Papers set at the Examination for Leaving Certificates, 1893
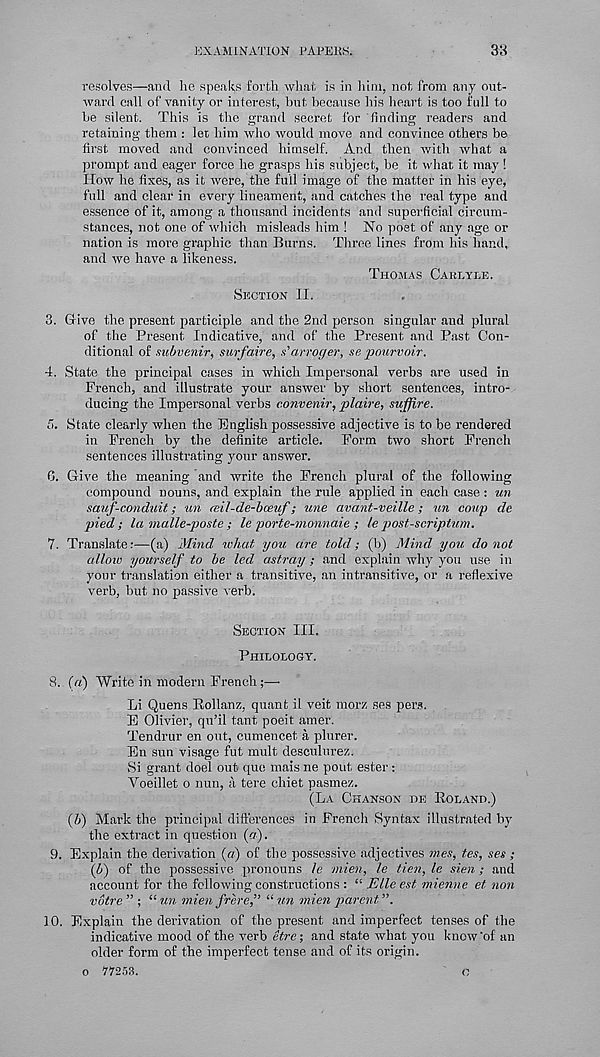
EXAMINATION PAPERS.
33
resolves—and he speaks forth what is in him, not from any out-
ward call of vanity or interest, but because his heart is too full to
be silent. This is the grand secret for finding readers and
retaining them : let him who would move and convince others be
first moved and convinced himself. And then with what a
prompt and eager force he grasps Ids subject, be it what it may !
How lie fixes, as it were, the full image of the matter in his eye,
full and clear in every lineament, and catches the real type and
essence of it, among a thousand incidents and superficial circum-
stances, not one of which misleads him ! No poet of any age or
nation is more graphic than Burns. Three lines from his hand,
and we have a likeness.
Thomas Carlyle.
Section II.
3. Give the present participle and the 2nd person singular and plural
of the Present Indicative, and of the Present and Past Con-
ditional of subvenir, surfaire, s'arroger, se pourvoir.
4. State the principal cases in which Impersonal verbs are used in
French, and illustrate your answer by short sentences, intro-
ducing the Impersonal verbs convenir, plaire, suffire.
5. State clearly when the English possessive adjective is to be rendered
in French by the definite article. Form two short French
sentences illustrating your answer.
G. Give the meaning and write the French plural of the following
compound nouns, and explain the rule applied in each case : un
sauf-conduit; un (eil-de-bceuf; une avant-veille; un coup de
pied; la malle-poste ; le porte-monnaie ; lepost-scriptum.
7. Translate:—(a) Mind ivhat you are told; (b) Mind you do not
allow yourself to be led astray ; and explain why you use in
your translation either a transitive, an intransitive, or a reflexive
verb, but no passive verb.
Section III.
Philology.
8. (a) Write in modern French;—
Li Quens Rollanz, quant il veit morz ses pers.
E Olivier, qu’il tant poeit amer.
Tendrur en out, cumencet a plurer.
En sun visage fut mult desculurez.
Si grant doel out quo mais ne potd. ester :
Voeillet o nun, a tere chiet pasmez.
(La Chanson de Boland.)
(&) Mark the principal differences in French Syntax illustrated by
the extract in question (<?■ ).
9. Explain the derivation (a) of the possessive adjectives mes, tes, ses ;
(U) of the possessive pronouns le mien, le tien, le sien; and
account for the following constructions : “ JElle est mienne et non
vbtre ” ; “ un mien frere,” “ un mien parent”.
10. Explain the derivation of the present and imperfect tenses of the
indicative mood of the verb etre; and state what you know 'of an
older form of the imperfect tense and of its origin,
o 77253.
o